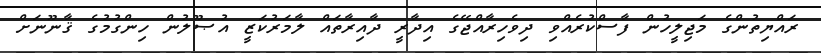
ރައްޔިތުންގެ މަޖިލީހުން ފާސްކުރެއްވި ދިވެހިރާއްޖޭގެ އިދާރީ ދާއިރާތައް ލާމަރުކަޒީ އުޞޫލުން ހިންގުމުގެ ޤާނޫނަށް